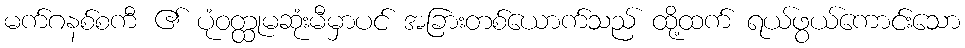
မက်ဂနစ်စကီ ၏ ပုံဝတ္ထုမဆုံးမီမှာပင် အခြားတစ်ယောက်သည် ထို့ထက် ရယ်ဖွယ်ကောင်းသော